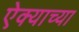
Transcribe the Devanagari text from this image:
ऐक्याच्या